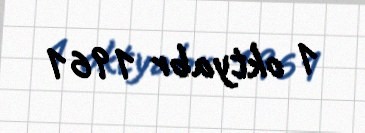
1 oktyabr 1961